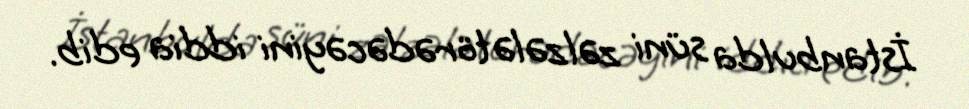
İstanbulda süni zəlzələ törədəcəyini iddia edib.